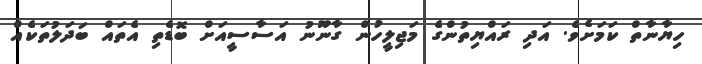
ހިޔާނާތް ކަމަށެވެ. އަދި ރައްޔިތުންގެ މަޖިލީހުން ގާނޫނު އަސާސީއަށް ބޮޑެތި އެތައް ބަދަލުތަކެއް